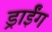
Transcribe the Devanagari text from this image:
ड्राईंग